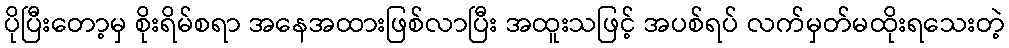
ပိုပြီးတော့မှ စိုးရိမ်စရာ အနေအထားဖြစ်လာပြီး အထူးသဖြင့် အပစ်ရပ် လက်မှတ်မထိုးရသေးတဲ့